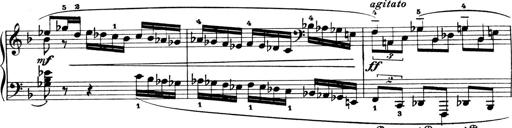
Title: 4 Sonatines
Composer: Max Reger